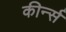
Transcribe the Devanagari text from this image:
कीर्न्स